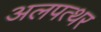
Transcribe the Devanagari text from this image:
अलपत्थर